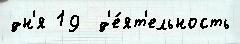
дн'я 19  д'е́ят'ельность